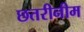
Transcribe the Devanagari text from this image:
छतरीनीम